Annual administration and progress report of the Indian Medical Department, Bombay
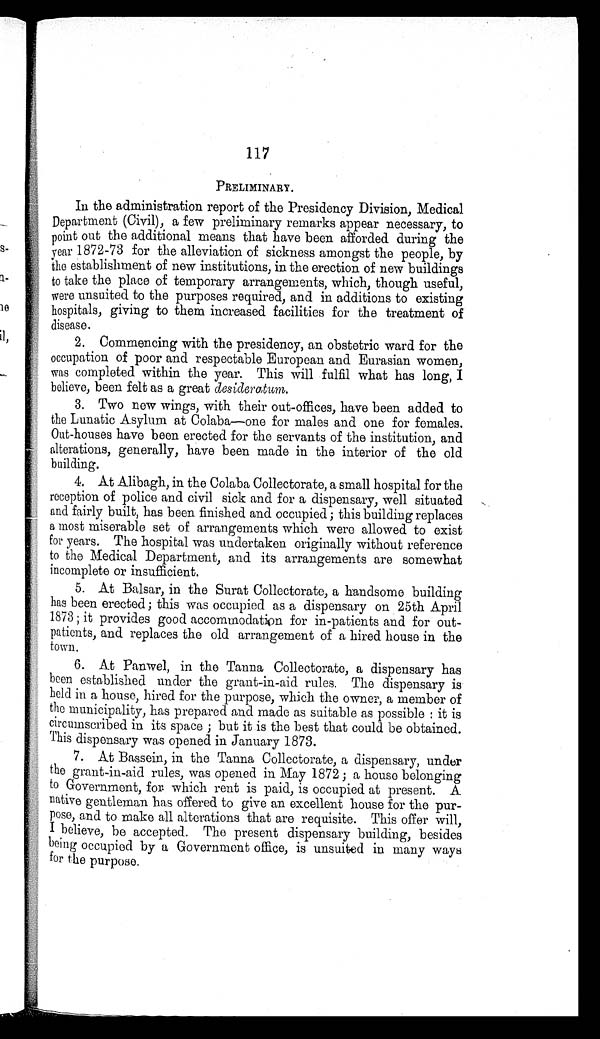
117
PRELIMINARY.
In the administration report of the Presidency Division, Medical
Department (Civil), a few preliminary remarks appear necessary, to
point out the additional means that have been afforded during the
year 1872-73 for the alleviation of sickness amongst the people, by
the establishment of new institutions, in the erection of new buildings
to take the place of temporary arrangements, which, though useful,
were unsuited to the purposes required, and in additions to existing
hospitals, giving to them increased facilities for the treatment of
disease.
2. Commencing with the presidency, an obstetric ward for the
occupation of poor and respectable European and Eurasian women,
was completed within the year. This will fulfil what has long, I
believe, been felt as a great desideratum.
3.
Two new wings, with their out-offices, have been added to
the Lunatic Asylum at Colaba—one for males and one for females.
Out-houses have been erected for the servants of the institution, and
alterations, generally, have been made in the interior of the old
building.
4. At Alibagh, in the Colaba Collectorate, a small hospital for the
reception of police and civil sick and for a dispensary, well situated
and fairly built, has been finished and occupied; this building replaces
a most miserable set of arrangements which were allowed to exist
for years. The hospital was undertaken originally without reference
to the Medical Department, and its arrangements are somewhat
incomplete or insufficient.
5. At Balsar, in the Surat Collectorate, a handsome building
has been erected; this was occupied as a dispensary on 25th April
1873; it provides good accommodation for in-patients and for out
-patients, and replaces the old arrangement of a hired house in the
town.
6. At Panwel, in the Tanna Collectorate, a dispensary has
been established under the grant-in-aid rules. The dispensary is
held in a house, hired for the purpose, which the owner, a member of
the municipality, has prepared and made as suitable as possible : it is
circumscribed in its space; but it is the best that could be obtained.
This dispensary was opened in January 1873.
7. At Bassein, in the Tanna Collectorate, a dispensary, under
the grant-in-aid rules, was opened in May 1872; a house belonging
to Government, for which rent is paid, is occupied at present. A
native gentleman has offered to give an excellent house for the pur
-pose, and to make all alterations that are requisite. This offer will,
I believe, be accepted. The present dispensary building, besides
being occupied by a Government office, is unsuited in many ways
for the purpose.